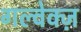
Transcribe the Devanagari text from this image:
गल्वेक्ज़